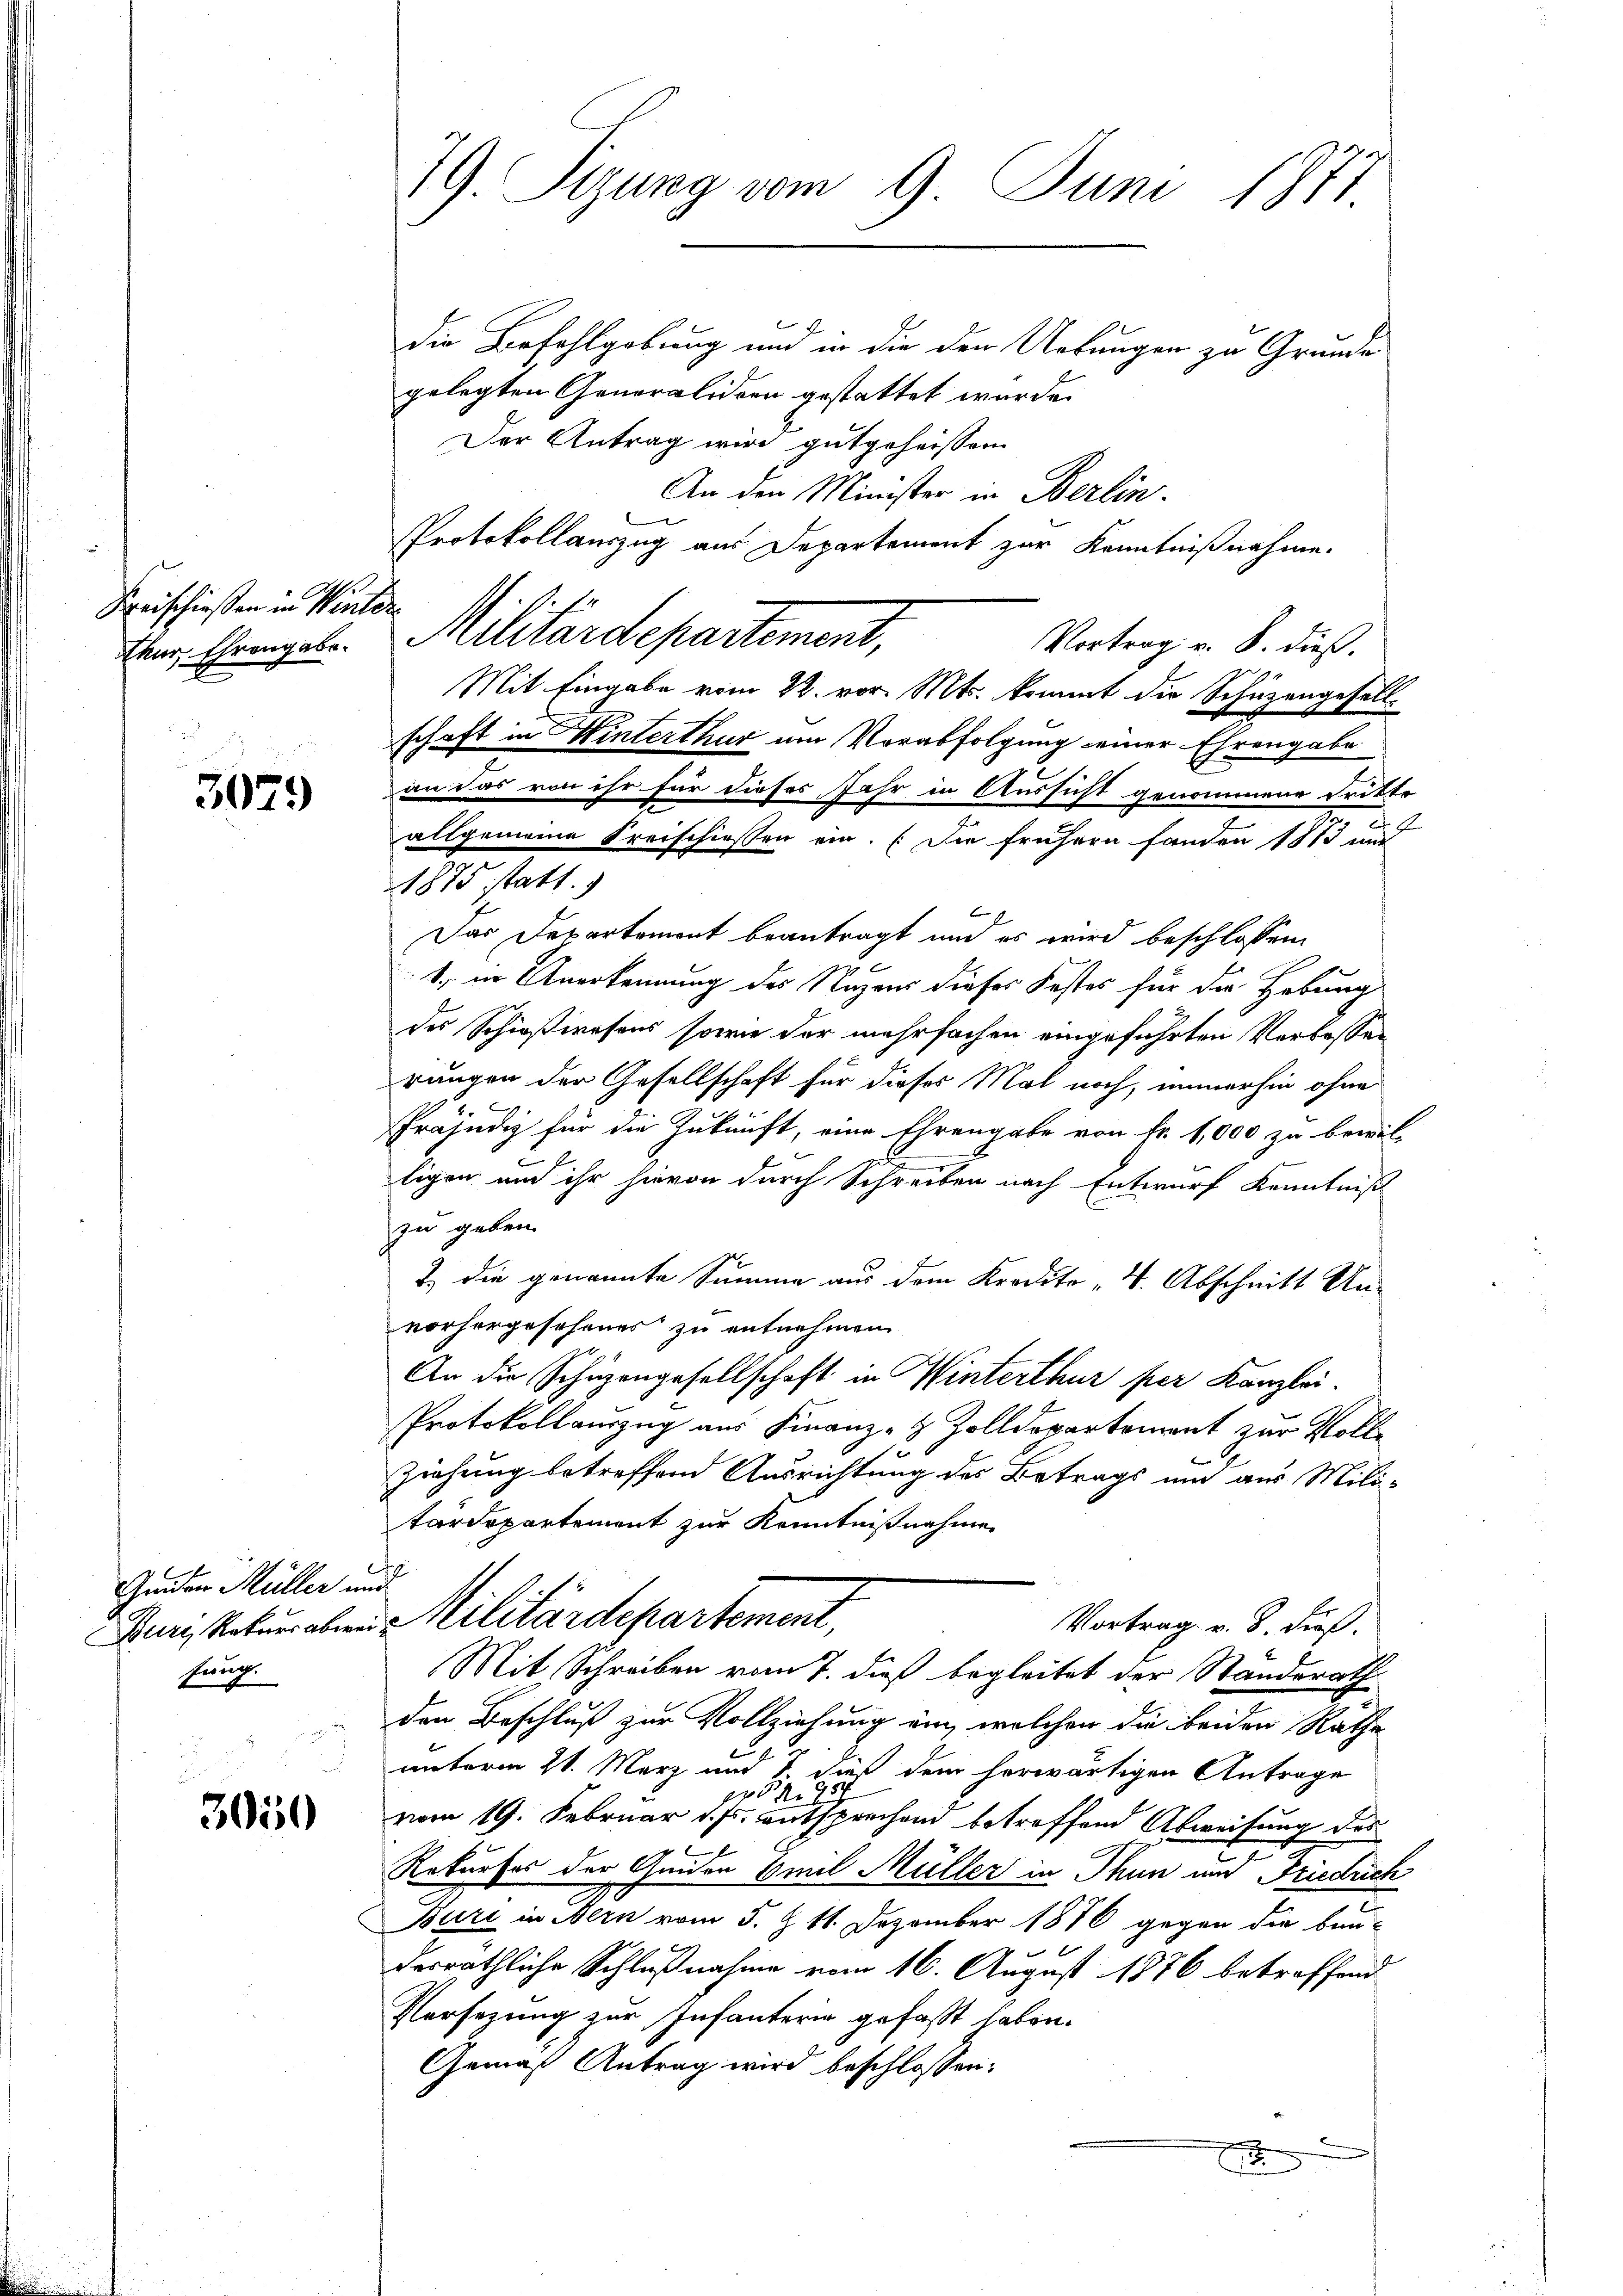
Feischießen in Winter

3029

Geuten Müller und
hung.

3050

79. Sizung vom 9. Juni 1871.

x
die Befehlgobung und in die den Urkungen zu Grunde
gelegten Generalidien gestattet wurde.
Der Antrag wird gutgeheissen
An den Minister in Berlin.
Protokollauszug aus Departement zur Kenntnißnahme.
Vortrag v. 8. dieß.
Mit Eingabe vom 22. vor. Mts. kommt die Schüzenz
gesell
schaft in Winterthur um Vorabfolgung seiner Ehrengabe
an das von ihr für dieses Jahr in Aussicht genommene Tritte
allgemeine Kreischiessen ein. (Die frühern fanden 1873 und
9
Das Departement beantragt und es wird beschlossen,
d
1., in Anerkennung des Nazens dieses Festes für die Hebung
des Schießwesens sowie der mehrfachen eingeführten Verlassen
rungen der Gesellschaft für dieses Mal noch, immerhin ohne
.
Präjudiz für die Zukunft, eine Ehrengabe von Fr. 1,000 zu bewil-
n
ligen und ihr hievon durch Schreiben nach Entwurf Kenntniß
zu geben.
2) die genannte Summe aus dem Kredito - 4. Abschnitt Un-
vorhergesehenes zu entnehmen
An die Schüzengesellschaft in Winterthur per Kanzlei.
Protokollauszug aus Finanz-H Zolldepartement zur Vollziehung betreffend Ausrichtung des Betrags und aus Mili-
tardepartement zur Kenntnißnahme
Burz, Rekuraten Militärdepartement,
Vortrag v. 8. dieß.
Mit Schreiben vom 7. dieß begleitet der Standerath
den Beschluß zur Vollziehung ein, welchen die beiden Rathe
unterm 21. März und J. dieß dem herwärtigen Antrage
Nr. 95
vom 19. Februar v. Js. entsprechend betreffend Abweisung des
Rekurses der Guiden Emil Müller in Thun und Friedrich
Buri in Bern vom 5. & 11. Dezember 1876 gegen die bau-
derräthliche Schlußnahme vom 16. August 1876 betreffend
Versezung zur Infanterie gefaßt haben.
Gemäß Antrag wird beschlossen:
x

Der Chringel. Militärdepartement,

1875 statt.